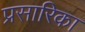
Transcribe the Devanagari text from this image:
प्रसारिका